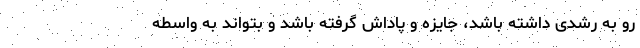
رو به رشدی داشته باشد، جایزه و پاداش گرفته باشد و بتواند به واسطه